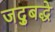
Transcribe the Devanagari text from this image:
जद्बुद्धे